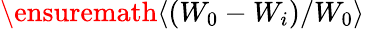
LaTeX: \ensuremath{\left\langle(W_{0}-W_{i})/W_{0}\right\rangle}